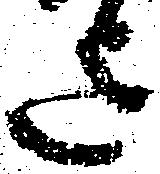
迄